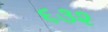
૬૩૨